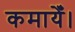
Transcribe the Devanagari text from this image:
कमायेँ।